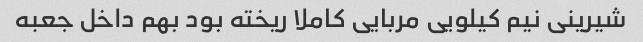
شیرینی نیم کیلویی مربایی کاملا ریخته بود بهم داخل جعبه